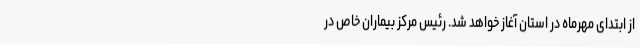
از ابتدای مهرماه در استان آغاز خواهد شد. رئیس مرکز بیماران خاص در